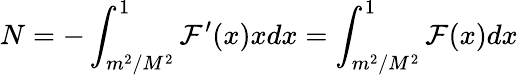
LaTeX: N=-\int_{m^{2}/M^{2}}^{1}\mathcal{F}^{\prime}(x)xdx=\int_{m^{2}/M^{2}}^{1}\mathcal{F}(x)dx